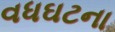
વધઘટના